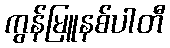
ကွန်မြူနစ်ပါတီ